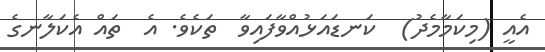
އެއީ (މިކަމާމެދު)  ކަނޑައަޅުއްވާފައިވާ  ތަކެވެ. އެ  ތައް އެކަލާނގެ